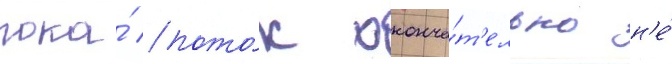
пока́ пото́к оконча́т'ельно н'е́